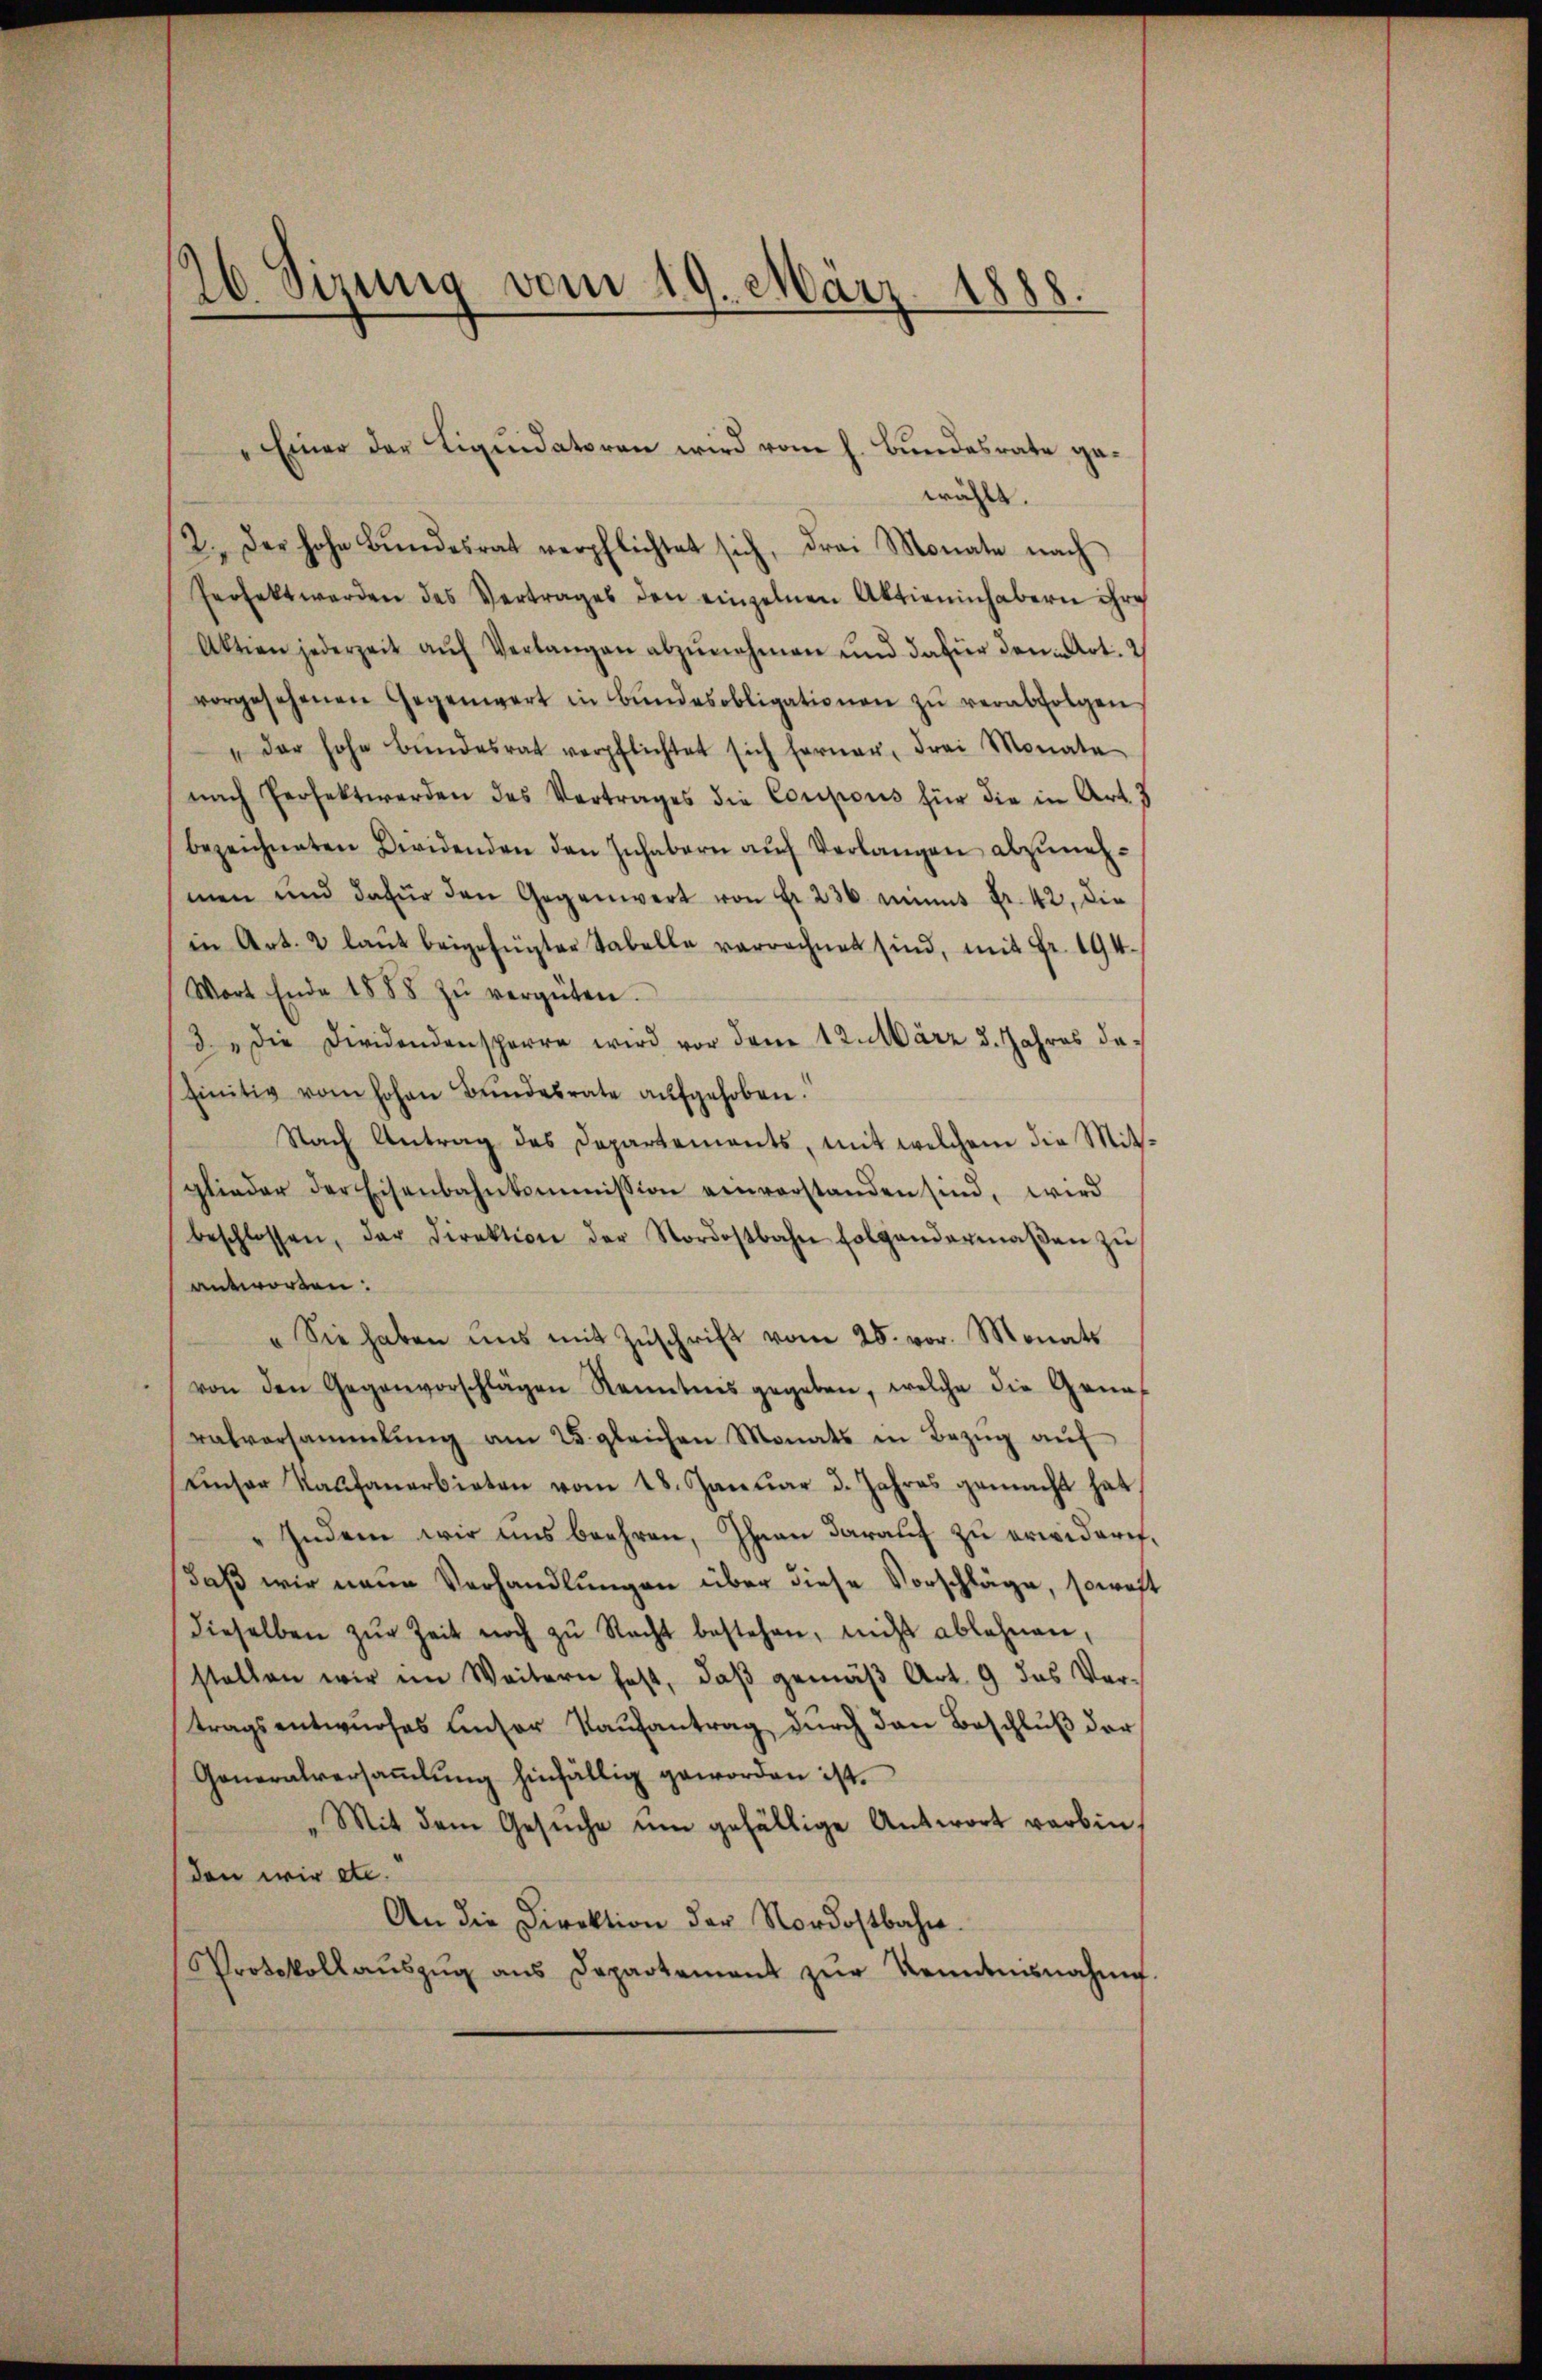
26 Sizung vom 19. März 1888.
.

" Einer der Liqŭidatoren wird vom h. Bŭndesrate ge-
wählt.
2. Der hohe Bŭndesrat verpflichtet sich, drei Monate nach
Perfekt werden des Vertrages den einzelnen Aktieninhabern ihre
Aktion jederzeit aŭf Verlangen abzŭnehmen und dafür dann Art. 2
vorgesehenen Gegenwart in Bŭndesobligationen zŭ verabfolgen
"der hohe Bŭndesrat verpflichtet sich ferner, Frei Monate
nach Perfekt werden des Vertrages die Coupons für die in Art. 3
bezeichneten Dividenden den Inhabern aŭf Verlangen abzunehmen und dafür den Gegenwert von Fr. 236 minus Fr. 42, die
in Art. 2 laŭt beigefügter Tabelle verrechnet sind, mit Fr. 194.
Wort Ende 1888 zŭ vergüten.
3. " Die Dividendensperre wird vor dem 12. März d. Jahres dafinitiv vom hohen Bŭndesrate aŭfgehoben.
Nach Antrag des Departements, mit welchem die Mitglieder der Eisenbahnkommission einverstanden sind, wird
beschlossen, der Direktion der Nordostbahn folgendermaβen zŭ
antworten:
„Sie haben uns mit Zŭschrift vom 25. vor. Monats
von den Gegenvorschlägen Kenntnis gegeben, welche die Grün-
ralversammlung am 25. gleichen Monats in Bezŭg aŭf
unser Kathanerbieten vom 18. Januar d. Jahres gemacht hat,
Indem wir uns beehren, Ihnen darauf zu erwidere,
daß wir neue Verhandlungen über diese Vorschläge, sowoh
dieselben zŭr Zeit noch zu Recht bestehen, nicht ablehnen,
stellen wir im Weitern fest, daβ gemäβ Art. 9 das Ver-
tragsentwurfes unser Kaufantrag durch den Beschluß der
Generalversaṁlŭng hinfällig geworden ist.
„Mit dem Gesŭche ŭm gefällige Antwort verbin¬
(den wir etc.“
An die Direktion der Nordostbahn.
Protokollaŭszŭg aŭs Departement zŭr Kenntnisnahme.